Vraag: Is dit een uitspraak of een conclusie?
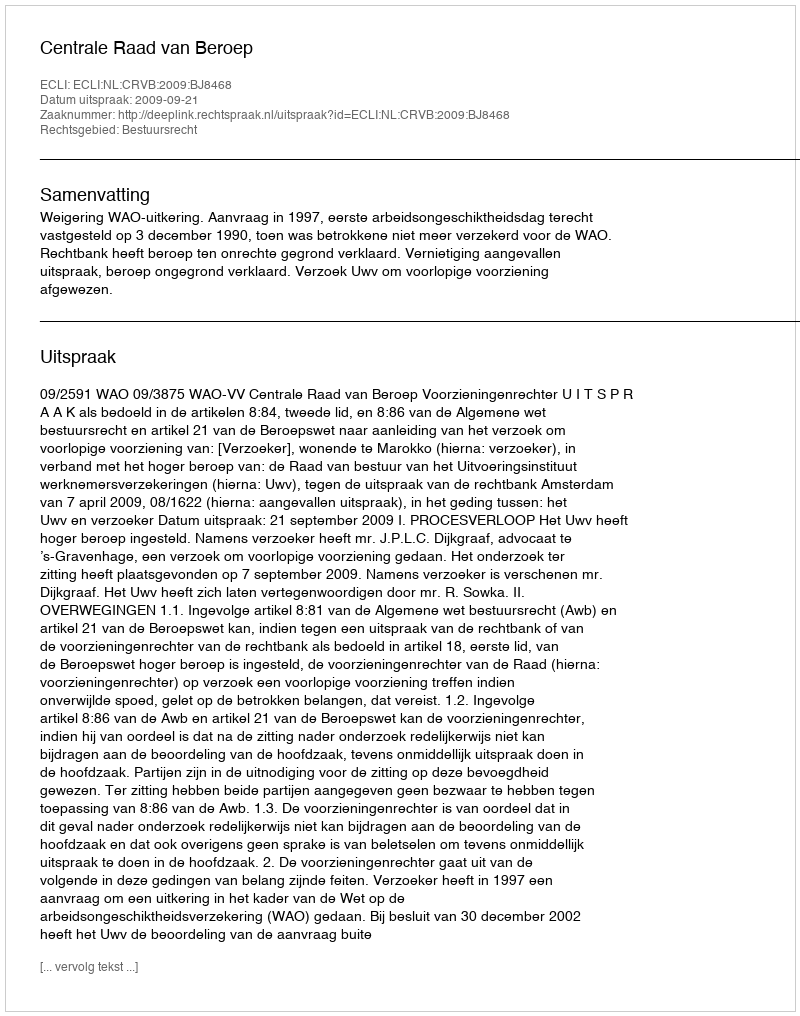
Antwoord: Uitspraak